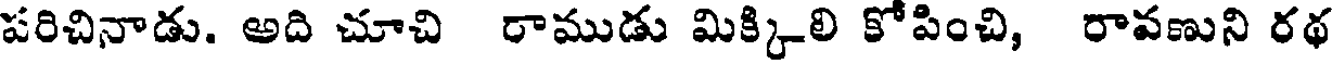
పరిచినాడు. అది చూచి రాముడు మిక్కిలి కోపించి, రావణుని రథ